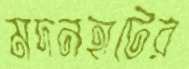
মদনহাটের